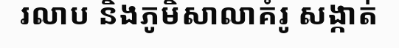
រលាប និងភូមិសាលាគំរូ សង្កាត់